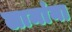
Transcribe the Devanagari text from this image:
लामांना